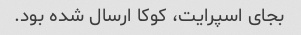
بجای اسپرایت، کوکا ارسال شده بود.